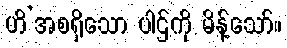
ဟိ’အစရှိသော ပါဌ်ကို မိန့်သော်။